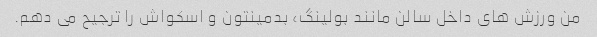
من ورزش های داخل سالن مانند بولینگ، بدمینتون و اسکواش را ترجیح می دهم.